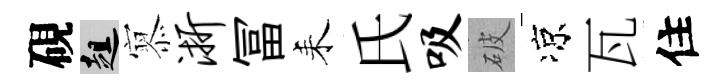
硯趄𡪹浙冨耒氏吸破凉瓦住